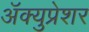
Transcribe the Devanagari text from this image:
अॅक्युप्रेशर